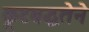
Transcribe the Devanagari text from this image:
कूटबद्धतेने